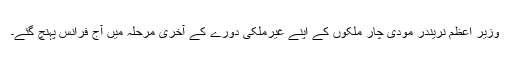
وزیر اعظم نریندر مودی چار ملکوں کے اپنے غیرملکی دورے کے آخری مرحلہ میں آج فرانس پہنچ گئے۔